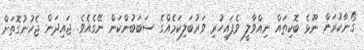
ގޯނާކުރަން ނޫޅެ ބޮކިތައް ނިއްވާލީ ވެފައިހުރި ވަރުބަލިކަމެއްގެ ސަބަބުންކަން ނޭގެއެވެ. ޖައިދަން ޖެހުނުގޮތަށް